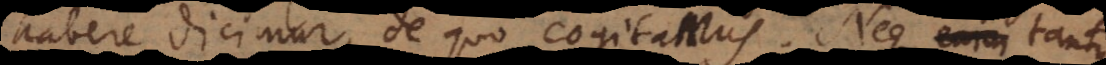
habere dicimur, de quo cogitamus. Neque enim tantum